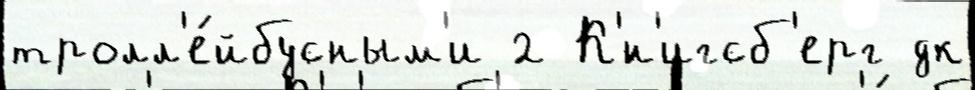
тролл'е́йбусным'и 2 К'́н'игсб'ерг дк